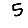
Digit: 5